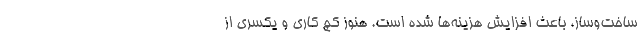
ساخت‌وساز، باعث افزایش هزینه‌ها شده است. هنوز کچ کاری و یکسری از